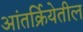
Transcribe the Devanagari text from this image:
आंतर्क्रियेतील